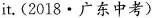
it. (2018·广东中考)